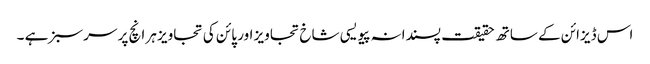
اس ڈیزائن کے ساتھ حقیقت پسندانہ پیویسی شاخ تجاویز اور پائن کی تجاویز ہر انچ پر سرسبز ہے ۔